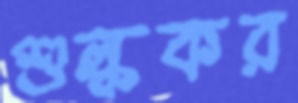
শুল্ককর